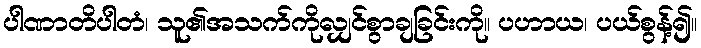
ပါဏာတိပါတံ၊ သူ၏အသက်ကိုလျှင်စွာချခြင်းကို။ ပဟာယ၊ ပယ်စွန့်၍။